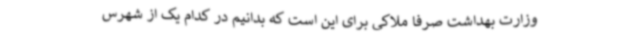
وزارت بهداشت صرفا ملاکی برای این است که بدانیم در کدام یک از شهرس